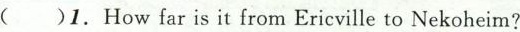
( ) 1.How far is it from Ericville to Nekoheim?